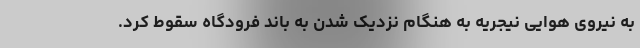
به نیروی هوایی نیجریه به هنگام نزدیک شدن به باند فرودگاه سقوط کرد.